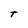
Character: T